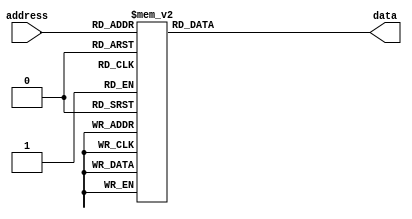

//Table with Sqrt1 Coefficient values
`timescale 1ns/1ps
module Sqrt1_Coeffs (
address, // Address input
data    // Data output
);
input [5:0] address;
output [31:0] data;
reg [31:0] data ;
       
always@(address)
begin
case(address)
0 : data <= 32'b000101101000_00101101011011100010;
1 : data <= 32'b000101100101_00101101110001111111;	//Coefficients c1,c0
2 : data <= 32'b000101100011_00101110001000010001;
3 : data <= 32'b000101100000_00101110011110011000;
4 : data <= 32'b000101011101_00101110110100010101;
5 : data <= 32'b000101011011_00101111001010001000;
6 : data <= 32'b000101011000_00101111011111110001;
7 : data <= 32'b000101010110_00101111110101010000;
8 : data <= 32'b000101010100_00110000001010100101;
9 : data <= 32'b000101010001_00110000011111110001;
10 : data <= 32'b000101001111_00110000110100110100;
11 : data <= 32'b000101001101_00110001001001101110;
12 : data <= 32'b000101001011_00110001011110011111;
13 : data <= 32'b000101001001_00110001110011000111;
14 : data <= 32'b000101000110_00110010000111100111;
15 : data <= 32'b000101000100_00110010011011111111;
16 : data <= 32'b000101000010_00110010110000001110;
17 : data <= 32'b000101000000_00110011000100010101;
18 : data <= 32'b000100111110_00110011011000010101;
19 : data <= 32'b000100111100_00110011101100001101;
20 : data <= 32'b000100111011_00110011111111111101;
21 : data <= 32'b000100111001_00110100010011100101;
22 : data <= 32'b000100110111_00110100100111000111;
23 : data <= 32'b000100110101_00110100111010100001;
24 : data <= 32'b000100110011_00110101001101110100;
25 : data <= 32'b000100110010_00110101100001000000;
26 : data <= 32'b000100110000_00110101110100000101;
27 : data <= 32'b000100101110_00110110000111000100;
28 : data <= 32'b000100101101_00110110011001111100;
29 : data <= 32'b000100101011_00110110101100101101;
30 : data <= 32'b000100101001_00110110111111011000;
31 : data <= 32'b000100101000_00110111010001111101;
32 : data <= 32'b000100100110_00110111100100011011;
33 : data <= 32'b000100100101_00110111110110110011;
34 : data <= 32'b000100100011_00111000001001000110;
35 : data <= 32'b000100100010_00111000011011010010;
36 : data <= 32'b000100100000_00111000101101011001;
37 : data <= 32'b000100011111_00111000111111011001;
38 : data <= 32'b000100011110_00111001010001010101;
39 : data <= 32'b000100011100_00111001100011001010;
40 : data <= 32'b000100011011_00111001110100111010;
41 : data <= 32'b000100011001_00111010000110100101;
42 : data <= 32'b000100011000_00111010011000001010;
43 : data <= 32'b000100010111_00111010101001101010;
44 : data <= 32'b000100010110_00111010111011000101;
45 : data <= 32'b000100010100_00111011001100011011;
46 : data <= 32'b000100010011_00111011011101101011;
47 : data <= 32'b000100010010_00111011101110110111;
48 : data <= 32'b000100010001_00111011111111111110;
49 : data <= 32'b000100001111_00111100010001000000;
50 : data <= 32'b000100001110_00111100100001111101;
51 : data <= 32'b000100001101_00111100110010110101;
52 : data <= 32'b000100001100_00111101000011101001;
53 : data <= 32'b000100001011_00111101010100011000;
54 : data <= 32'b000100001010_00111101100101000010;
55 : data <= 32'b000100001000_00111101110101101000;
56 : data <= 32'b000100000111_00111110000110001010;
57 : data <= 32'b000100000110_00111110010110100111;
58 : data <= 32'b000100000101_00111110100111000000;
59 : data <= 32'b000100000100_00111110110111010101;
60 : data <= 32'b000100000011_00111111000111100101;
61 : data <= 32'b000100000010_00111111010111110001;
62 : data <= 32'b000100000001_00111111100111111001;
63 : data <= 32'b000100000000_00111111110111111101;
endcase
end

endmodule